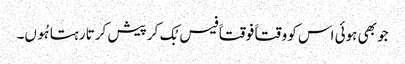
جو بھی ہوئی اس کو وقتاََ فوقتاََ فیس بُک کر پیش کرتا رہتا ہُوں۔